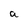
Character: a